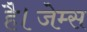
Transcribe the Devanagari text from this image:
है।जेम्स